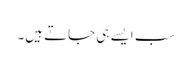
سب ایسے ہی جاتے ہیں۔